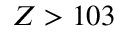
Z > 1 0 3